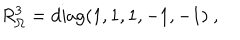
R _ { \Omega } ^ { 3 } = \mathrm { d i a g } ( 1 , 1 , 1 , - 1 , - 1 ) ~ , ~ \,